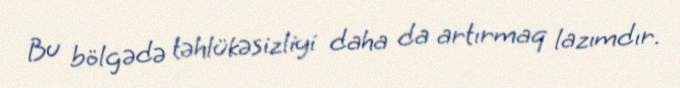
Bu bölgədə təhlükəsizliyi daha da artırmaq lazımdır.